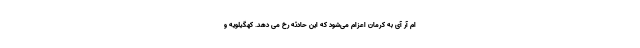
ام آر آی به کرمان اعزام می‌شود که این حادثه رخ می دهد. کهگیلویه و